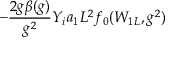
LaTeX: - \frac { 2 g \beta ( g ) } { g ^ { 2 } } Y _ { i } a _ { 1 } L ^ { 2 } f _ { 0 } ( W _ { 1 L } , g ^ { 2 } )